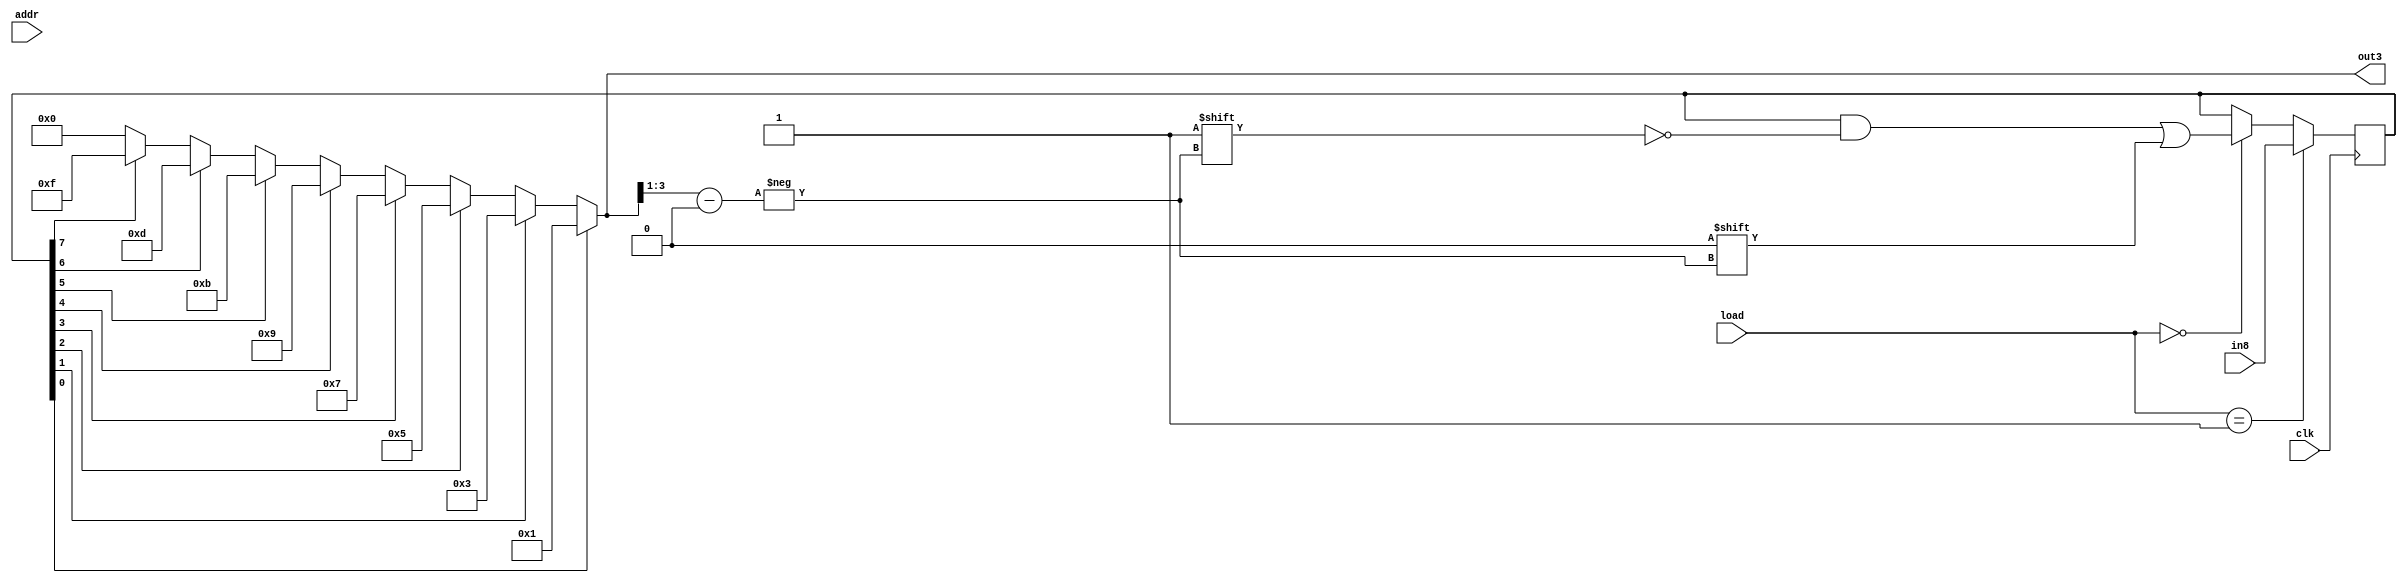
module Priority_enc(in8, out3, load, addr, clk);

input [7:0] in8;
input [1:0]load;
input clk;
input [2:0] addr;
output [3:0] out3;
reg [3:0] out3;
reg [7:0] in;
always @(*)
begin
	if (in[0] == 1'b1)
	out3 <= 4'd0001;
	else if (in[1] == 1'b1)
	out3 <= 4'b0011;
	else if (in[2] == 1'b1)
	out3 <= 4'b0101;
	else if (in[3] == 1'b1)
	out3 <= 4'b0111;
	else if (in[4] == 1'b1)
	out3 <= 4'b1001;
	else if (in[5] == 1'b1)
	out3 <= 4'b1011;
	else if (in[6] == 1'b1)
	out3 <= 4'b1101;
	else if (in[7] == 1'b1)
	out3 <= 4'b1111;
	else 
	out3 <= 4'd0000;
end

always @(posedge clk)
begin
	if (load == 2'b01)
	in       <= in8;
	else if (load == 2'b00)
	in[out3[3:1]] <= 1'b0;
	else 
	in			<= in;
//	else
//	in       <= in8;
end
	
endmodule